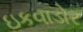
ઇકવાડોર